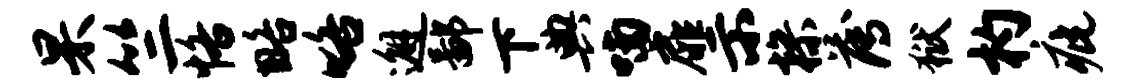
杲竺恪略咯邂鄙下典喃扉示操薄狱杓疵